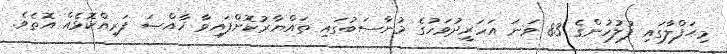
މިޙަފްލާގައި ފުލުހުންގެ 83 ވަަނަ އަހަރީދުވަހުގެ މުނާސަބުގައި ތައްޔާރުކޮށްފައިވާ ޚާއްޞަ ފަރިއްކޮޅެއް އޮތެވެ.